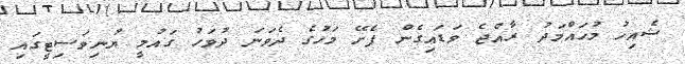
ޝެއިހު މުހައްމަދު ރާއްޖެ ވަޑައިގެން ފެށޭ މަހުގެ ދެވަނަ ދުވަހު ގައުމީ ޔުނިވަސިޓީގައި